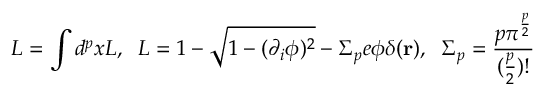
L = \int d ^ { p } x { \cal L } , \; \; { \cal L } = 1 - \sqrt { 1 - ( \partial _ { i } \phi ) ^ { 2 } } - \Sigma _ { p } e \phi \delta ( { \bf r } ) , \; \; \Sigma _ { p } = \frac { p \pi ^ { \frac { p } { 2 } } } { ( \frac { p } { 2 } ) ! }